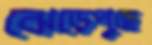
ঝেড়েপুছে